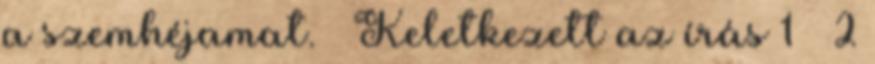
a szemhéjamat. » Keletkezett az írás 1 2